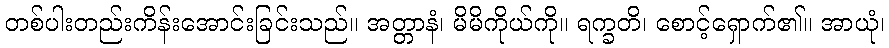
တစ်ပါးတည်းကိန်းအောင်းခြင်းသည်။ အတ္တာနံ၊ မိမိကိုယ်ကို။ ရက္ခတိ၊ စောင့်ရှောက်၏။ အာယုံ၊